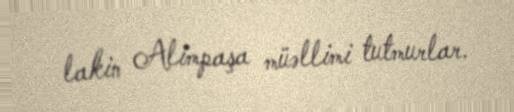
lakin Alimpaşa müəllimi tutmurlar.